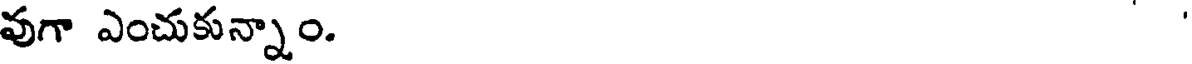
వుగా ఎంచుకున్నాం.